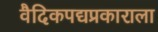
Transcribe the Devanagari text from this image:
वैदिकपद्यप्रकाराला